Indian journal of veterinary science and animal husbandry - Volume 4,
Year: 1934
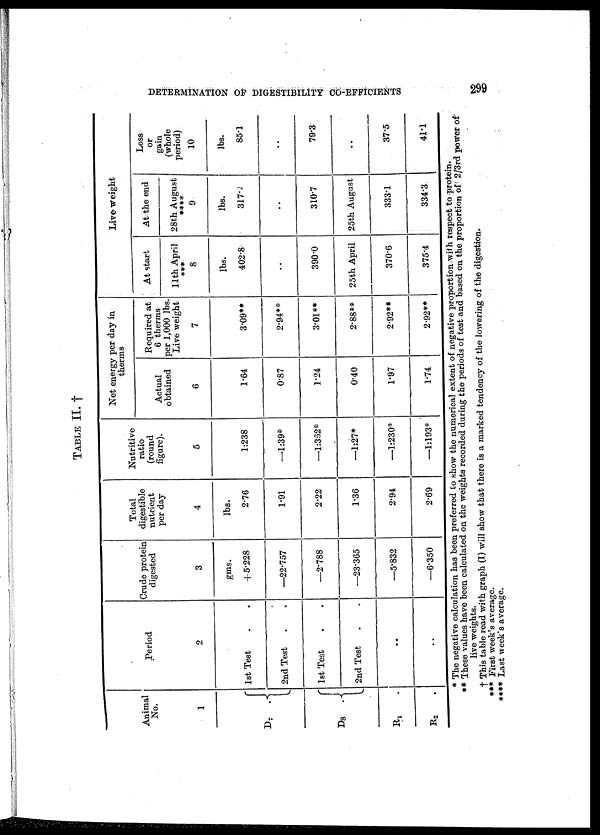
DETERMINATION OF DIGESTIBILITY CO-EFFICIENTS
299
TABLE II. †
Animal
No.
1
D 7 {
D 8
{
R 1 .
R 2
.
Period
2
1st Test . .
2nd Test . .
1st Test . .
2nd Test . .
..
..
Crude protein
digested
3
gms.
+5.228
—22.757
—2.788
—23.365
—5.832
—6.350
Total
digestible
nutrient
per day
4
lbs.
2.76
1.91
2.22
1.36
2.94
2.69
Nutritive
ratio
(round
figure).
5
1:238
—1:39*
—1:332*
—1:27*
—1:230*
—1:193*
Net energy per day in
therms
Actual
obtained
6
1.64
0.87
1.24
0.40
1.97
1.74
Required at
6 therms
per 1,000 lbs.
Live weight
7
3.09**
2.94**
3.01**
2.88**
2.92**
2.92**
At start
11th April
***
8
lbs.
402.8
..
390.0
25th April
370.6
375.4
Live weight
At the end
28th August
***
9
lbs.
317.8
..
310.7
25th August
333.1
334.3
Loss
or
gain
(whole
period)
10
lbs.
85.1
79.3
..
37.5
41.1
* The negative calculation has been preferred to show the numerical extent of negative proportion with respect to protein.
** These values have been calculated on the weights recorded during the periods of test and based on the proportion of 2/3rd power of'
live weights.
† This table read with graph (I) will show that there is a marked tendency of the lowering of the digestion.
*** First week's average.
**** Last week's average.